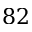
8 2